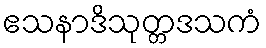
ဧသနာဒိသုတ္တဒသကံ